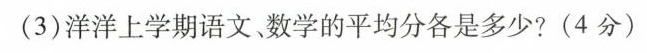
(3)洋洋上学期语文、数学的平均分各是多少?(4分)